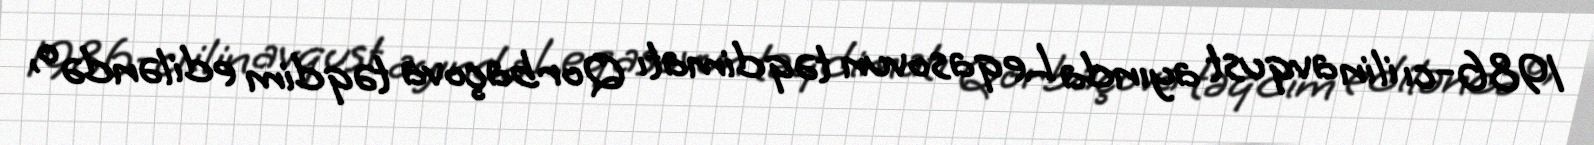
1986-cı ilin avqust ayında Leqasovun təqdimatı Qorbaçova təqdim ediləndə o,